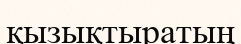
қызықтыратың